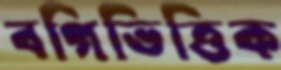
বগিভিত্তিক